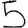
Digit: 5